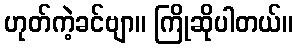
ဟုတ်ကဲ့ခင်ဗျာ။ ကြိုဆိုပါတယ်။